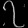
Digit: ၇